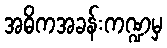
အဓိကအခန်းကဏ္ဍမှ